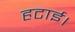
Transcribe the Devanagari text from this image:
हटाई।